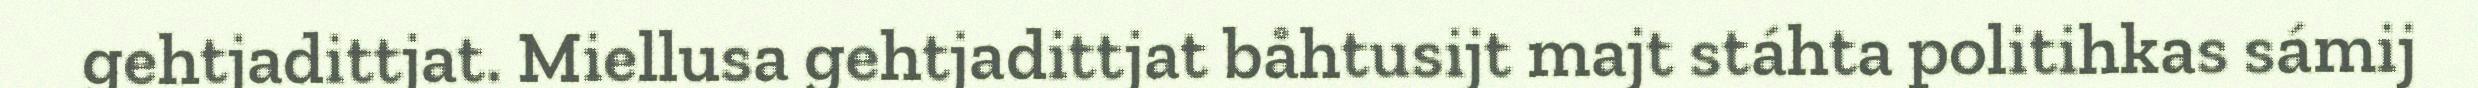
gehtjadittjat. Miellusa gehtjadittjat båhtusijt majt stáhta politihkas sámij